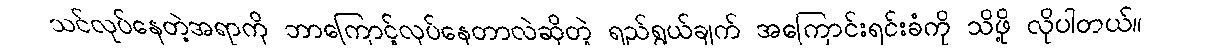
သင်လုပ်နေတဲ့အရာကို ဘာကြောင့်လုပ်နေတာလဲဆိုတဲ့ ရည်ရွယ်ချက် အကြောင်းရင်းခံကို သိဖို့ လိုပါတယ်။